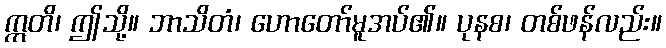
ဣတိ၊ ဤသို့။ ဘာသိတံ၊ ဟောတော်မူအပ်၏။ ပုနစ၊ တစ်ဖန်လည်း။